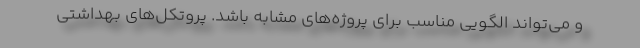
و می‌تواند الگویی مناسب برای پروژه‌های مشابه باشد. پروتکل‌های بهداشتی